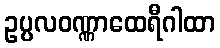
ဥပ္ပလဝဏ္ဏာထေရီဂါထာ